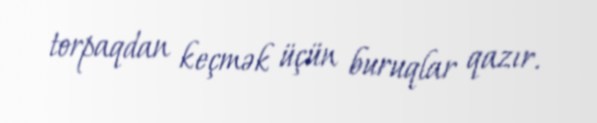
torpaqdan keçmək üçün buruqlar qazır.